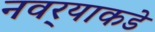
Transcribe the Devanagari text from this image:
नवर्‍याकडे